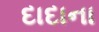
દાદાના